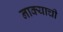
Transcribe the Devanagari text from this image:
नाक्याची